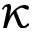
\kappa